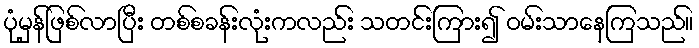
ပုံမှန်ဖြစ်လာပြီး တစ်စခန်းလုံးကလည်း သတင်းကြား၍ ဝမ်းသာနေကြသည်။